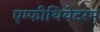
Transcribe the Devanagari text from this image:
एम्फीथियेटरम्